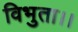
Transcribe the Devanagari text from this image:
विभुता।।